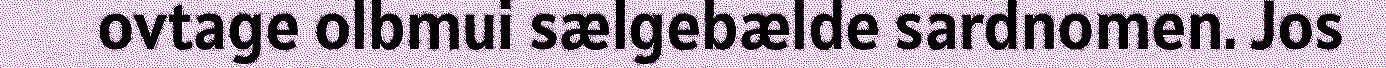
ovtage olbmui sælgebælde sardnomen. Jos